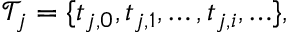
\mathcal { T } _ { j } = \{ t _ { j , 0 } , t _ { j , 1 } , \ldots , t _ { j , i } , \ldots \} ,